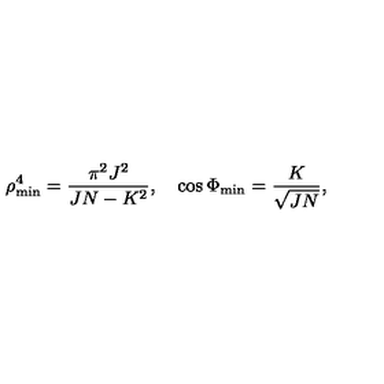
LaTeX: \rho _ { \mathrm { m i n } } ^ { 4 } = \frac { \pi ^ { 2 } J ^ { 2 } } { J N - K ^ { 2 } } , \quad \cos \Phi _ { \mathrm { m i n } } = \frac { K } { \sqrt { J N } } ,